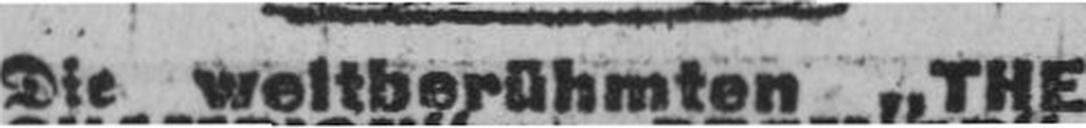
Die weltberühmten „THE